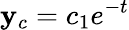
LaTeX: \mathbf{y}_{c}=c_{1}e^{-t}